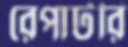
রেপার্টরি